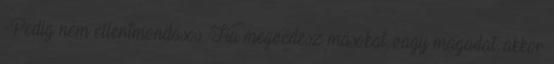
-Pedig nem ellentmondásos. Ha megvédesz másokat, vagy magadat, akkor